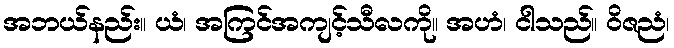
အဘယ်နည်း။ ယံ၊ အကြင်အကျင့်သီလကို။ အဟံ၊ ငါသည်။ ဝိဇညံ၊